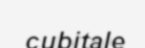
cubitale